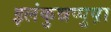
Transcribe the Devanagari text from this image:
इलंकुन्नप्पुष़ा